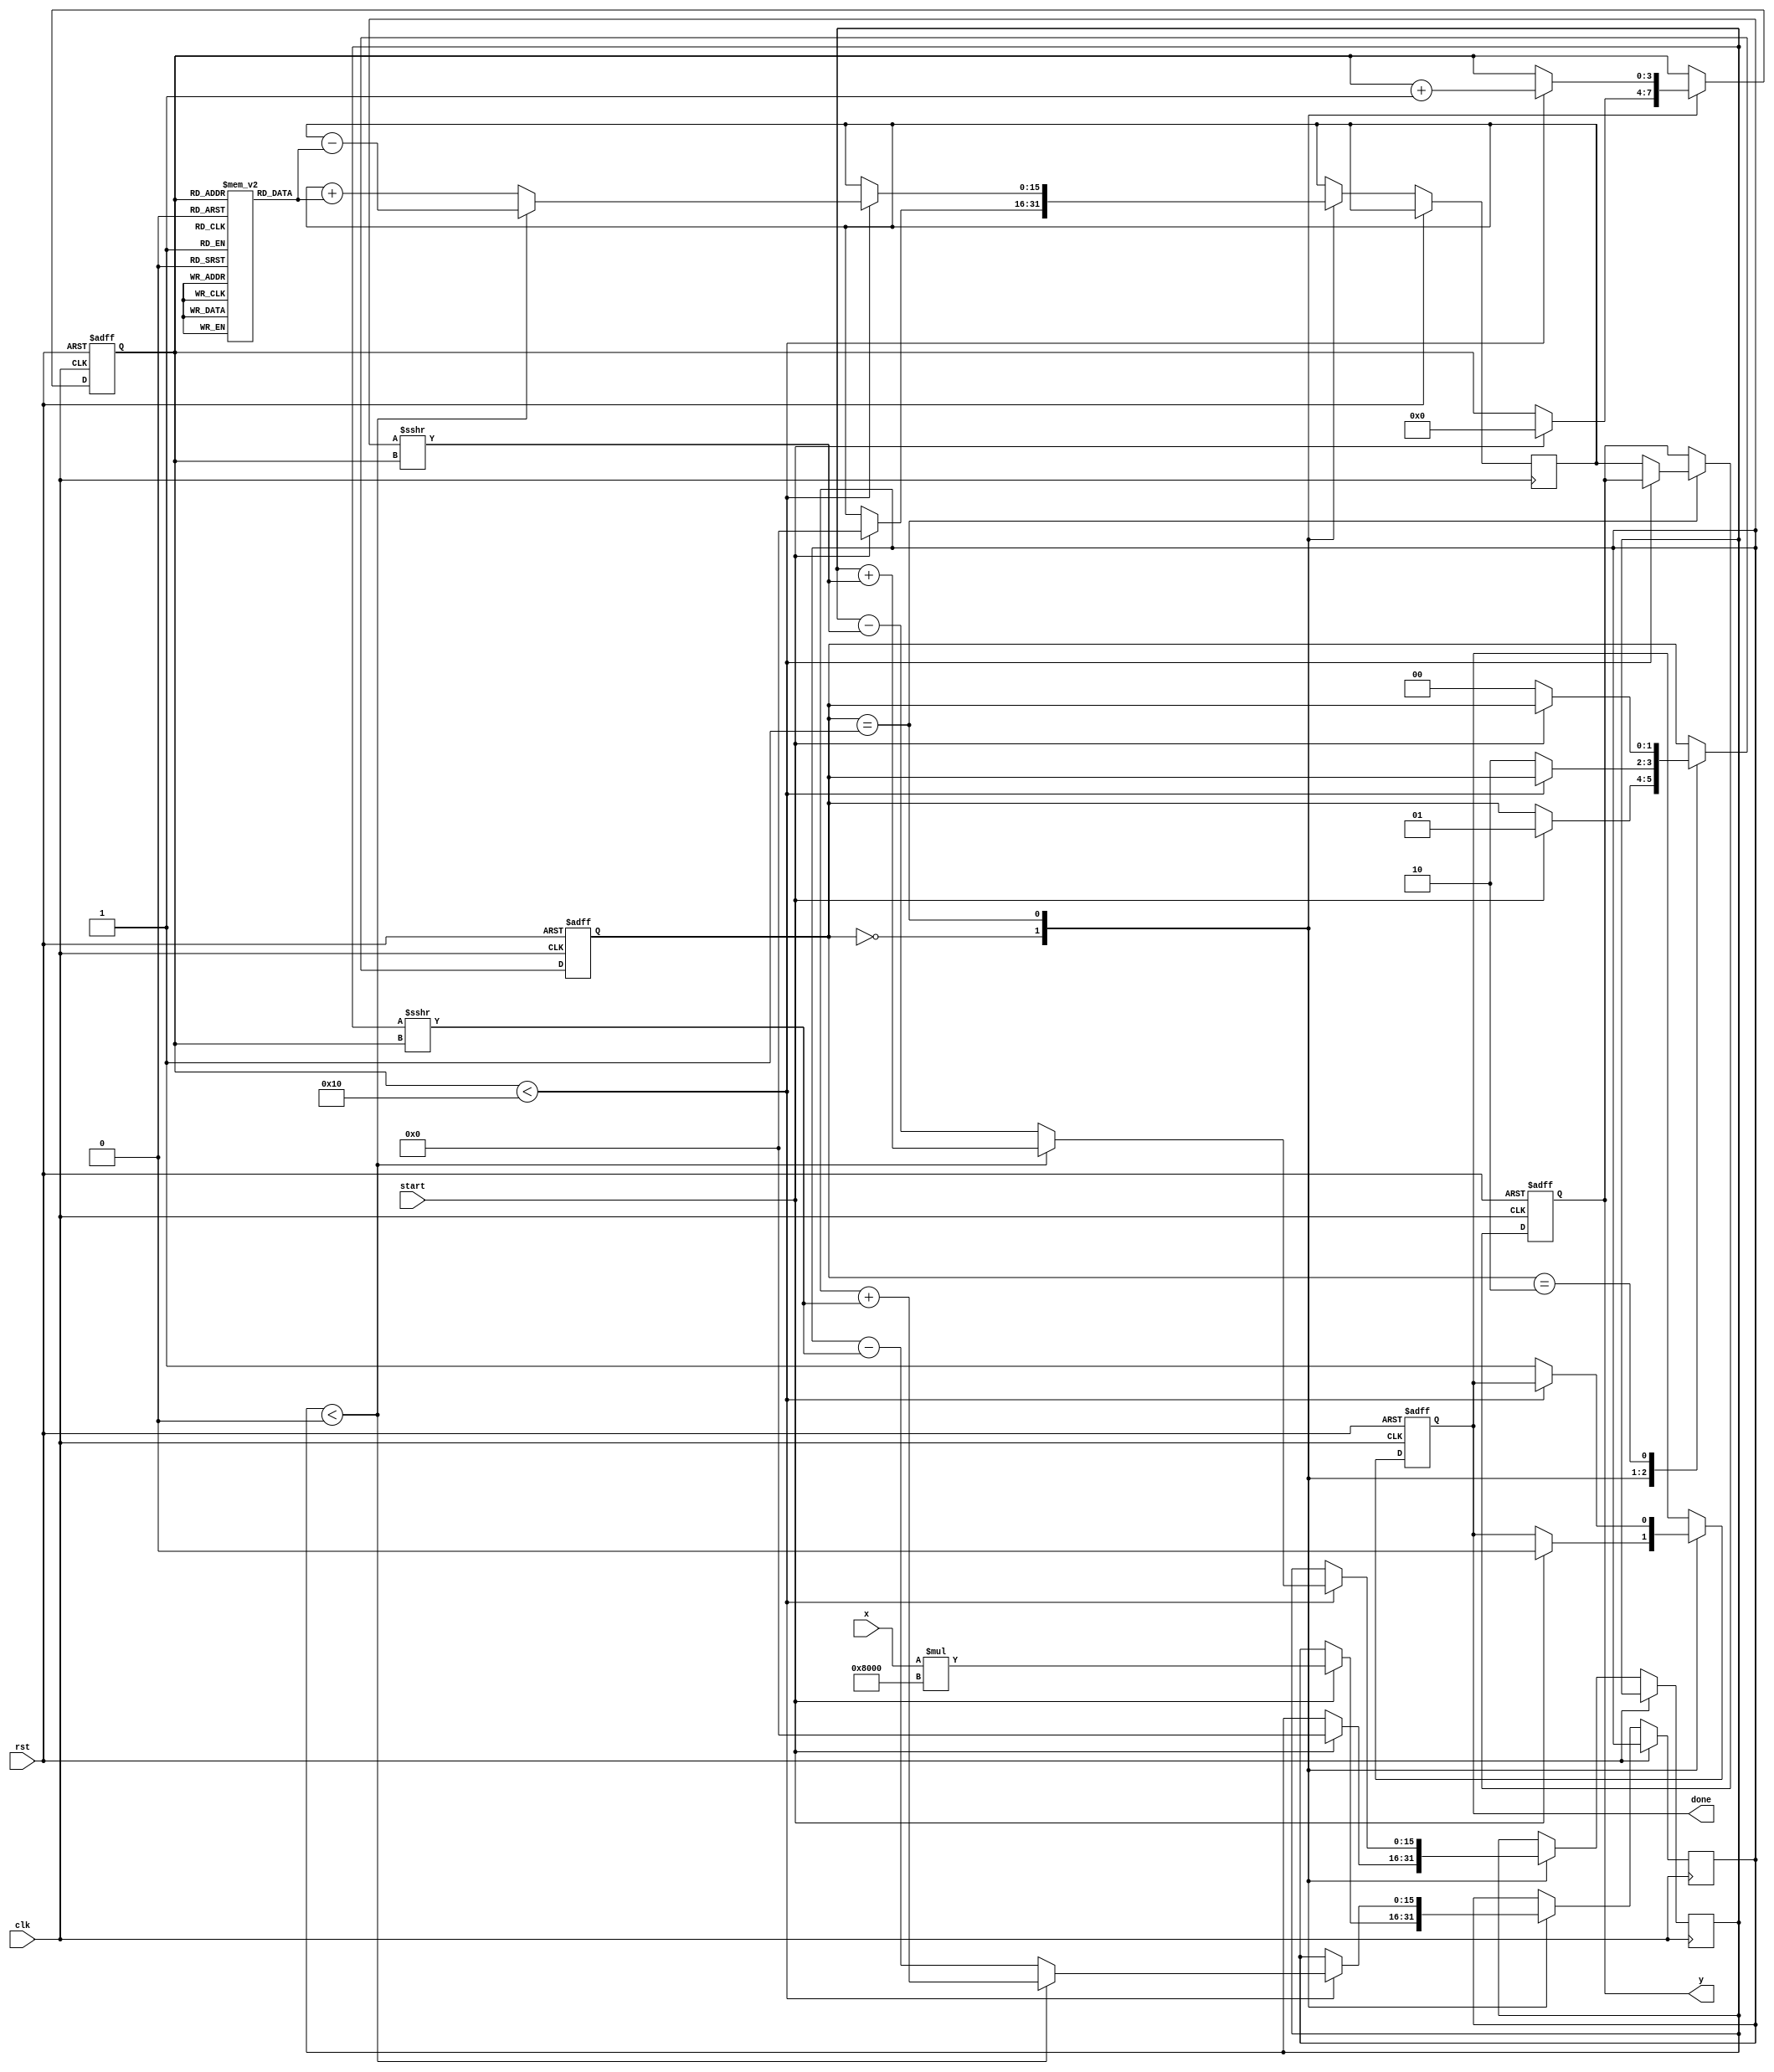
module atan_block (
    input wire clk,
    input wire rst,
    input wire start,
    input wire signed [15:0] x, // Input value
    output reg signed [15:0] y, // Output value
    output reg done
);

    // CORDIC parameters
    parameter NUM_ITERATIONS = 16;
    parameter FIXED_POINT_SCALE = 16'h8000; // Scale for fixed point representation

    // Internal signals
    reg signed [15:0] z; // Angle accumulator
    reg signed [15:0] x_curr, y_curr; // Current x and y values
    reg [3:0] iteration; // Iteration counter
    reg [1:0] state; // State machine
    reg signed [15:0] atan_table [0:NUM_ITERATIONS-1]; // Lookup table for atan values

    // State definitions
    localparam IDLE = 2'b00;
    localparam COMPUTE = 2'b01;
    localparam DONE = 2'b10;

    // Initialize atan_table with precomputed values for CORDIC
    initial begin
        atan_table[0] = 16'h0000; // atan(0)
        atan_table[1] = 16'h1C71; // atan(1) = /4
        atan_table[2] = 16'h0D8E; // atan(0.5)
        atan_table[3] = 16'h0A3D; // atan(0.25)
        // Fill in the rest of the table as needed...
    end

    // State machine for computation
    always @(posedge clk or posedge rst) begin
        if (rst) begin
            state <= IDLE;
            done <= 0;
            iteration <= 0;
            y <= 0;
        end else begin
            case (state)
                IDLE: begin
                    if (start) begin
                        // Initialize values for CORDIC
                        x_curr <= x * FIXED_POINT_SCALE; // Scale input
                        y_curr <= 0; // Start with y = 0
                        z <= 0; // Start with angle = 0
                        iteration <= 0;
                        done <= 0;
                        state <= COMPUTE;
                    end
                end

                COMPUTE: begin
                    if (iteration < NUM_ITERATIONS) begin
                        // CORDIC rotation
                        if (y_curr < 0) begin
                            // Rotate clockwise
                            x_curr <= x_curr + (y_curr >>> iteration);
                            y_curr <= y_curr + (x_curr >>> iteration);
                            z <= z - atan_table[iteration];
                        end else begin
                            // Rotate counterclockwise
                            x_curr <= x_curr - (y_curr >>> iteration);
                            y_curr <= y_curr - (x_curr >>> iteration);
                            z <= z + atan_table[iteration];
                        end
                        iteration <= iteration + 1;
                    end else begin
                        // Finished computation
                        y <= z; // Output the angle
                        done <= 1;
                        state <= DONE;
                    end
                end

                DONE: begin
                    if (!start) begin
                        state <= IDLE; // Go back to IDLE on new start
                    end
                end
            endcase
        end
    end
endmodule